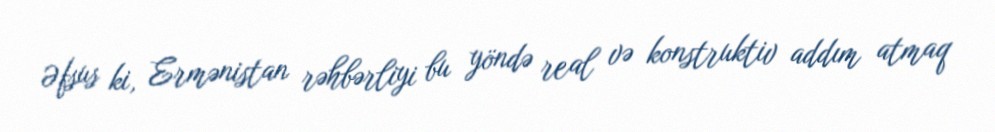
Əfsus ki, Ermənistan rəhbərliyi bu yöndə real və konstruktiv addım atmaq